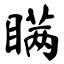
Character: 瞒